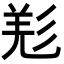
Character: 𢒘